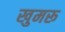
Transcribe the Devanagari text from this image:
खुमरू